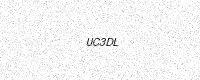
Text: UC3DL